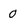
Character: o